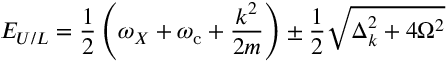
{ E _ { U / L } = \frac { 1 } { 2 } \left( \omega _ { X } + \omega _ { \mathrm { { c } } } + \frac { k ^ { 2 } } { 2 m } \right) \pm \frac { 1 } { 2 } \sqrt { \Delta _ { k } ^ { 2 } + 4 \Omega ^ { 2 } } }